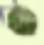
প্র